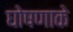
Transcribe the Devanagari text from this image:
घोषणाके